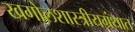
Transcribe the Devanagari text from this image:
खगोलशास्त्रीयग्रंथात